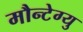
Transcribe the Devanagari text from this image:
मौन्टेग्यु